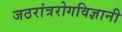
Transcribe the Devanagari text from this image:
जठरांत्ररोगविज्ञानी